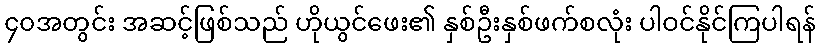
၄၀အတွင်း အဆင့်ဖြစ်သည် ဟိုယွင်ဖေး၏ နှစ်ဦးနှစ်ဖက်စလုံး ပါဝင်နိုင်ကြပါရန်